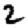
Digit: 2